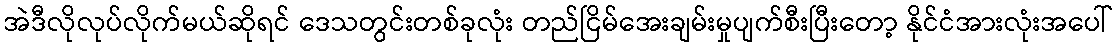
အဲဒီလိုလုပ်လိုက်မယ်ဆိုရင် ဒေသတွင်းတစ်ခုလုံး တည်ငြိမ်အေးချမ်းမှုပျက်စီးပြီးတော့ နိုင်ငံအားလုံးအပေါ်